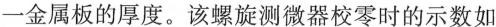
一金属板的厚度。该螺旋测微器校零时的示数如